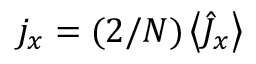
j _ { x } = ( 2 / N ) \left\langle \hat { J } _ { x } \right\rangle